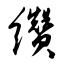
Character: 缵